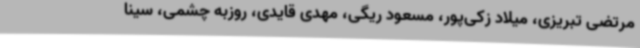
مرتضی تبریزی، میلاد زکی‌پور، مسعود ریگی، مهدی قایدی، روزبه چشمی، سینا